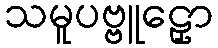
သမူပဗ္ဗူဠှော